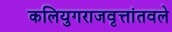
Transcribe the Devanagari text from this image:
कलियुगराजवृत्तांतवले